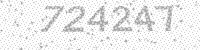
Solution: 724247